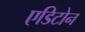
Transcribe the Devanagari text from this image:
एडिटोन